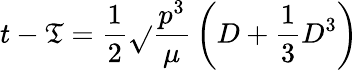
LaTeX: t-\mathfrak{T}={\frac{{1}}{{2}}}{\sqrt{}{{\frac{{p^{3}}}{{\mu}}}}}\left(D+{\frac{{1}}{{3}}}D^{3}\right)